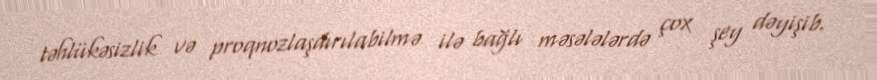
təhlükəsizlik və proqnozlaşdırılabilmə ilə bağlı məsələlərdə çox şey dəyişib.